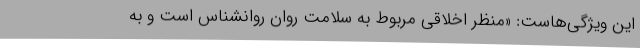
این ویژگی‌هاست: «منظر اخلاقی مربوط به سلامت روانِ روانشناس است و به